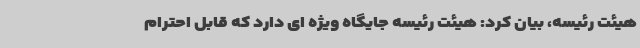
هیئت رئیسه، بیان کرد: هیئت رئیسه جایگاه ویژه ای دارد که قابل احترام